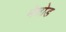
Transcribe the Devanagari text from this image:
मेतोड